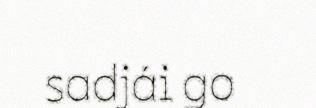
sadjái go